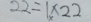
2 2 = 1 \times 2 2